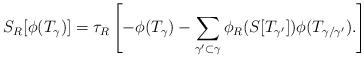
LaTeX: \begin{align*}S_R[\phi(T_\gamma)]=\tau_R\left[-\phi(T_\gamma)-\sum_{\gamma^\prime\subset\gamma}\phi_R(S[T_{\gamma^\prime}])\phi(T_{\gamma/\gamma^\prime}). \right]\end{align*}